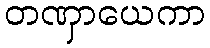
တဏှာယေကာ